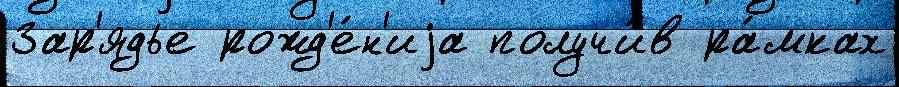
Зар'ядье рожд'е́н'иjа получи́в ра́мках